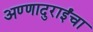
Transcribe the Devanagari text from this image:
अण्णादुराईंचा